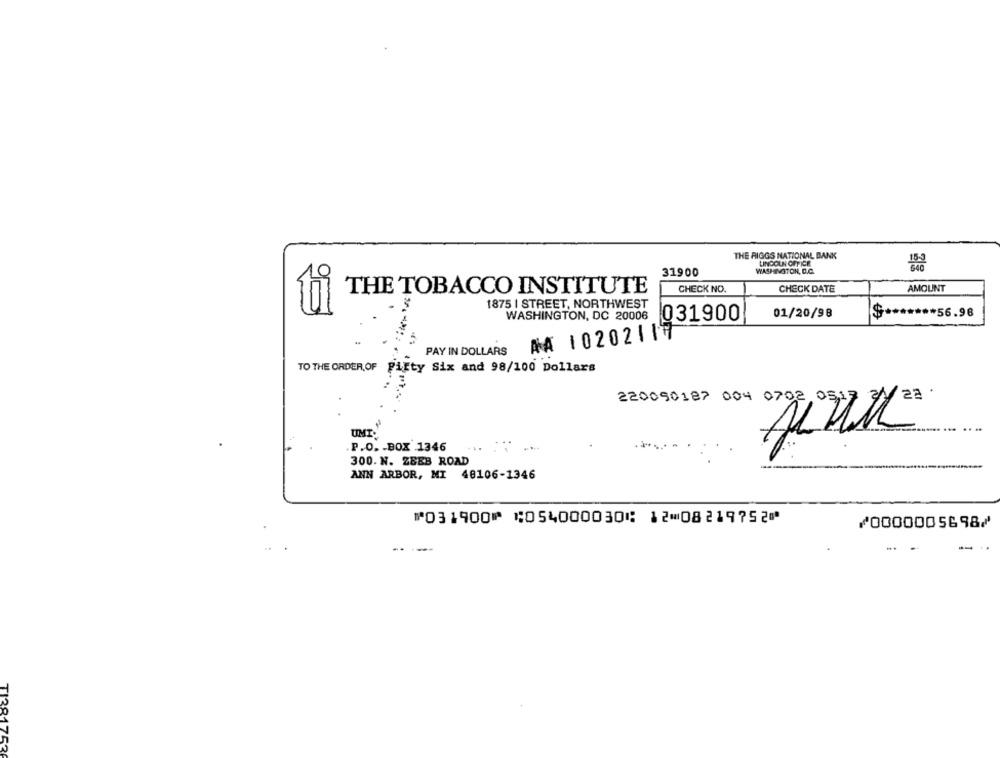
THE RIGGS NATIONAL BANK
LINCOLN OFFICE
31900
WASHINGTON, D.C.
CHECK NO.
CHECK DATE
AMOUNT
THE TOBACCO INSTITUTE
1875 | STREET, NORTHWEST
ui
WASHINGTON, DC 20006
031900
01/20/98
$
***** 56.98
AA 10202117
PAY IN DOLLARS
TO THE ORDER OF Fifty Six and 98/100 Dollars
220090187 004 0702 051
UMI.
P.O. BOX 1346
300. N. ZEEB ROAD
ANN ARBOR, MI 48106-1346
⑈031900⑈ ⑆054000030⑆ 12⑉08219752⑈
⑇0000005698⑇
-
TI381752